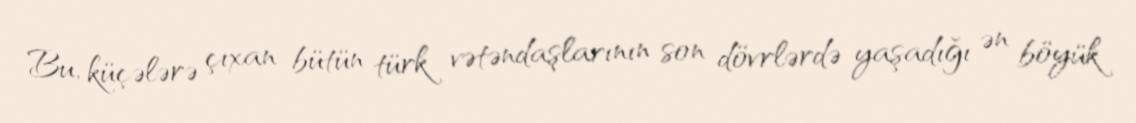
Bu, küçələrə çıxan bütün türk vətəndaşlarının son dövrlərdə yaşadığı ən böyük